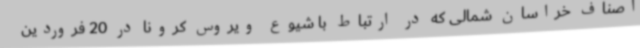
اصناف خراسان شمالی که در ارتباط با شیوع ویروس کرونا در 20 فروردین